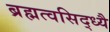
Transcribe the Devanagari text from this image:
ब्रह्मत्वसिद्ध्यै